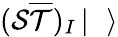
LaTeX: ({\cal{S}}{\overline{{\cal{T}}}})_{I}\left|\rule{0.3cm}{0cm}\right>